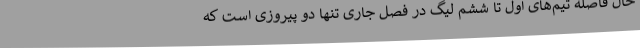
حال فاصله تیم‌های اول تا ششم لیگ در فصل جاری تنها دو پیروزی است که